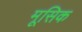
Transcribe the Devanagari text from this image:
मूसिक